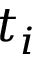
t _ { i }